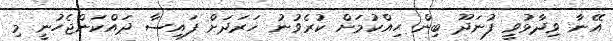
އޭނާ ވިދާޅުވީ ފުނަދޫ ބިން ހިއްކުމަށް ކުރެވުނު ޚަރަދަށް ފައިސާ ދައްކަންޖެހުނީ މި